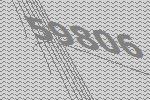
59806